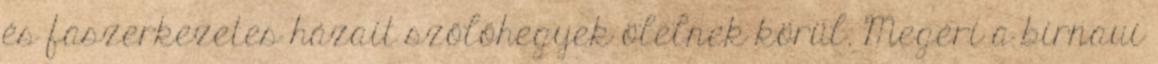
és faszerkezetes házait szőlőhegyek ölelnek körül. Megéri a birnaui